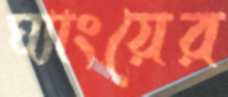
ঘ্যাংয়ের